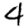
Digit: 4